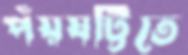
পঁয়ষট্টিতে